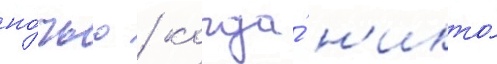
но́чью / когда́ н'икто́